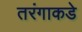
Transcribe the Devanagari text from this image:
तरंगाकडे